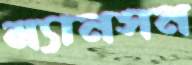
ম্যানসন